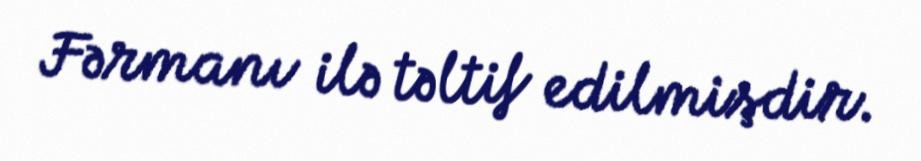
Fərmanı ilə təltif edilmişdir.